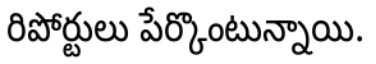
రిపోర్టులు పేర్కొంటున్నాయి.